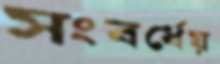
সংবর্ধেয়